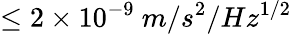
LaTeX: \leq 2\times 10^{-9}\ m/s^{2}/Hz^{1/2}